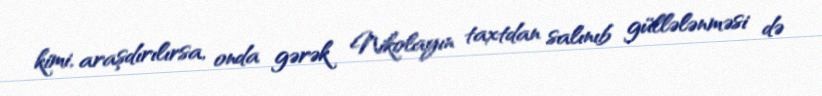
kimi, araşdırılırsa, onda gərək Nikolayın taxtdan salınıb güllələnməsi də